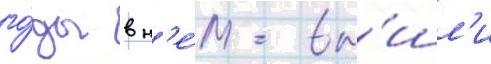
го́ды в н'е́м вы́шл'и